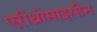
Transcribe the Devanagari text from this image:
एरीथ्रोमाइसीन